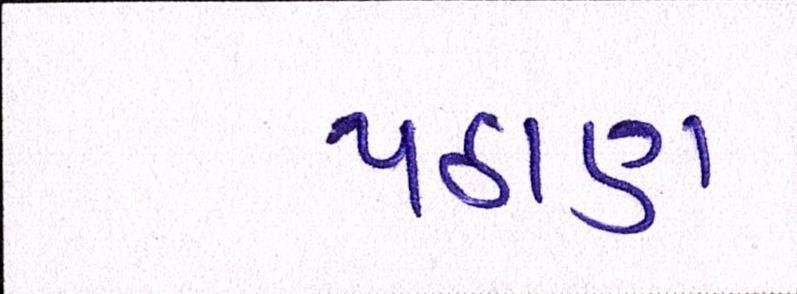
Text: પઠાણ